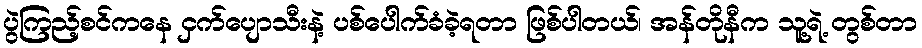
ပွဲကြည့်စင်ကနေ ငှက်ပျောသီးနဲ့ ပစ်ပေါက်ခံခဲ့ရတာ ဖြစ်ပါတယ်၊ အန်တိုနီက သူ့ရဲ့ တွစ်တာ